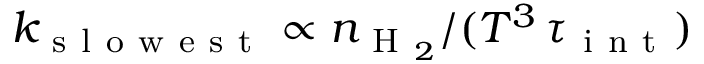
k _ { \mathrm { ~ s ~ l ~ o ~ w ~ e ~ s ~ t ~ } } \propto n _ { \mathrm { ~ H ~ } _ { 2 } } / ( T ^ { 3 } \, \tau _ { \mathrm { ~ i ~ n ~ t ~ } } )